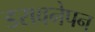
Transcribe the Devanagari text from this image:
डरावनेपन